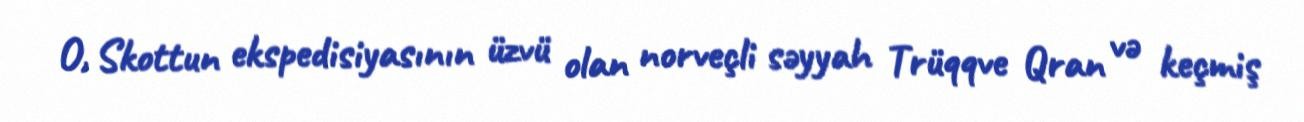
O, Skottun ekspedisiyasının üzvü olan norveçli səyyah Trüqqve Qran və keçmiş